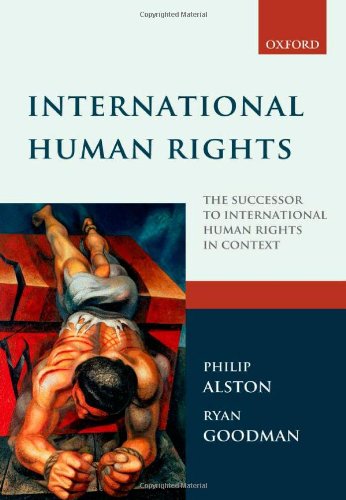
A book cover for International Human Rights; Philip Alston; Law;